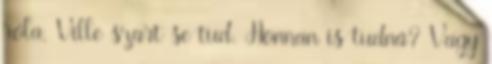
róla. Ville szart se tud. Honnan is tudná? Vagy